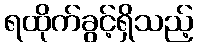
ရထိုက်ခွင့်ရှိသည့်